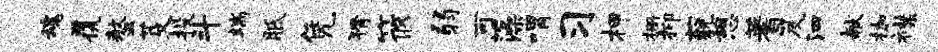
魂覆螯芟投斗端胝凭猾筱弱可藻喟习柙栅抑藐憩蓍笈泗献枷襟